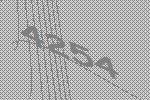
4254